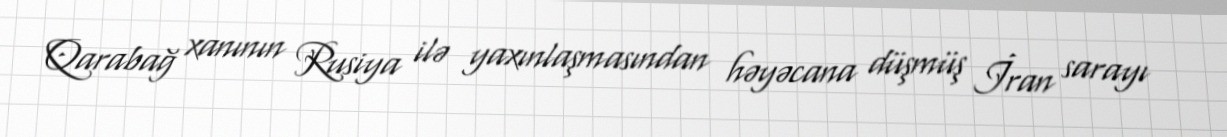
Qarabağ xanının Rusiya ilə yaxınlaşmasından həyəcana düşmüş İran sarayı